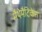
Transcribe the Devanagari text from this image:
मैथेमैटिकेस